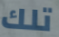
تلك